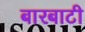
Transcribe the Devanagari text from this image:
बारबाटी